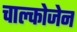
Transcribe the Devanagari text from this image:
चाल्कोजेन